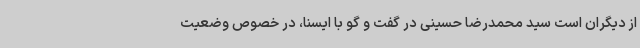
از دیگران است سید محمدرضا حسینی در گفت و گو با ایسنا، در خصوص وضعیت